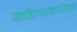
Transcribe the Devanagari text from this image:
साहित्यप्रकारांबद्दल